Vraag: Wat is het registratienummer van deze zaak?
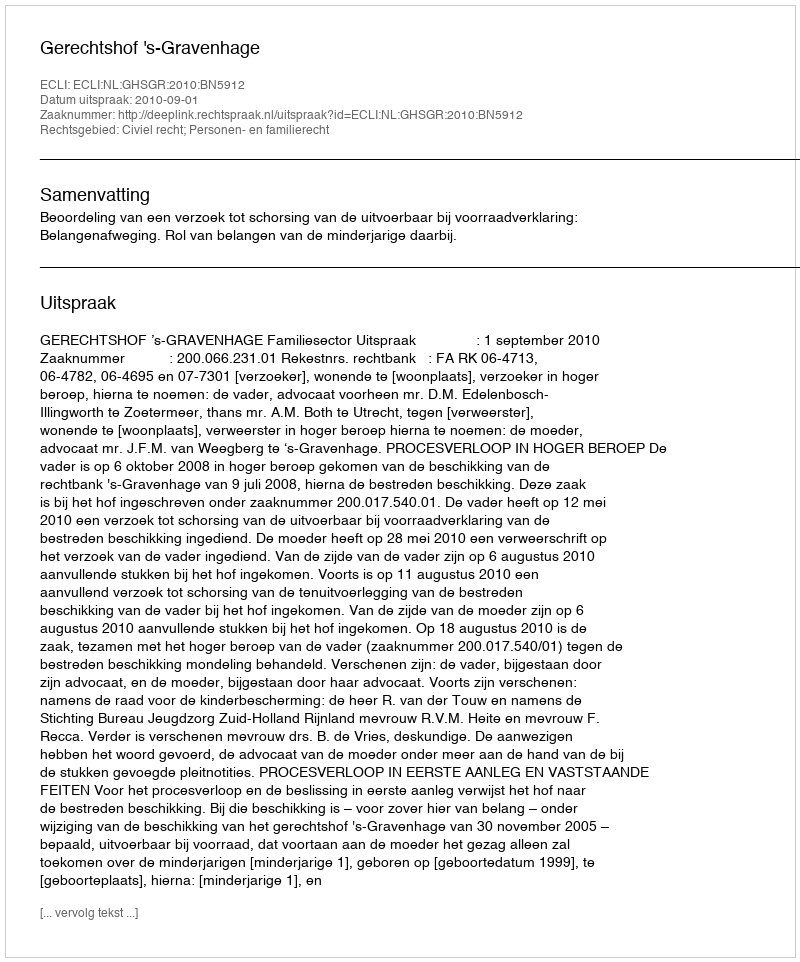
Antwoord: http://deeplink.rechtspraak.nl/uitspraak?id=ECLI:NL:GHSGR:2010:BN5912